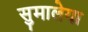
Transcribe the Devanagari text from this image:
सुमालेया